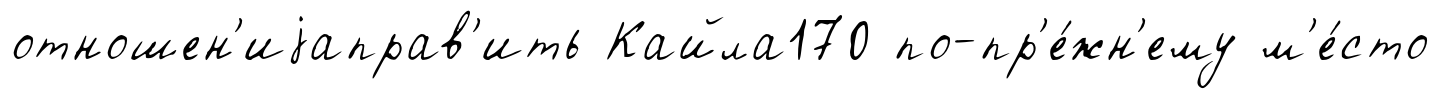
отношен'иjаправ'ить Кайла170 по-пр'е́жн'ему м'е́сто